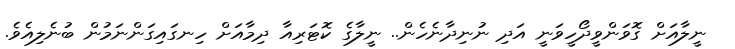
ނީލާއަށް ގޮވަންވީދޯހީވަނީ އަދި ނުނިދާނެހެން.. ނީލާގެ ކޮޓަރިއާ ދިމާއަށް ހިނގައިގަންނަމުން ބުނެލިއެވެ.